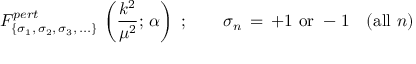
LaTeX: F _ { \{ \sigma _ { 1 } , \, \sigma _ { 2 } , \, \sigma _ { 3 } , \, . . . \} } ^ { p e r t } \, \left( \frac { k ^ { 2 } } { \mu ^ { 2 } } ; \, \alpha \right) \, \, ; \qquad \sigma _ { n } \, = \, + 1 \, \, \mathrm { o r } \, \, - 1 \quad ( \mathrm { a l l } \, \, n )